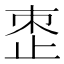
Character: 𬅼